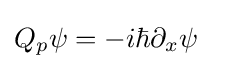
Q_{p}\psi =-i\hbar \partial _{x}\psi ~~